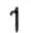
1